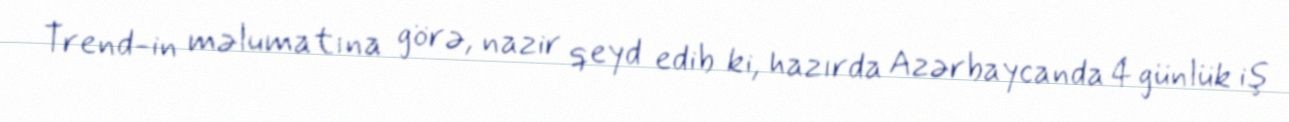
Trend-in məlumatına görə, nazir qeyd edib ki, hazırda Azərbaycanda 4 günlük iş